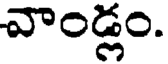
వాండ్లం.